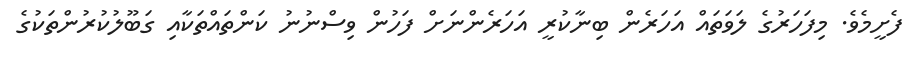
ފެށީމެވެ. މިފަހަރުގެ ލަވަތައް އަހަރެން ބިނާކުރީ އަހަރެންނަށް ފަހުން ވިސްނުނު ކަންތައްތަކާއި ގަބޫލުކުރުންތަކުގެ